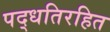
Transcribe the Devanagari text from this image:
पद्धतिरहित